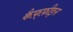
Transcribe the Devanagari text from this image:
कैफ़्फ़ीइन